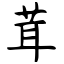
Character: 茸